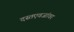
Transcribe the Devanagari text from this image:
दस्तएवजांवर